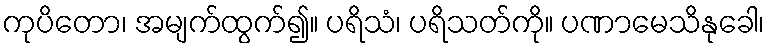
ကုပိတော၊ အမျက်ထွက်၍။ ပရိသံ၊ ပရိသတ်ကို။ ပဏာမေသိနုခေါ၊